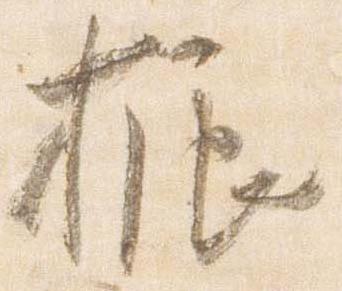
振